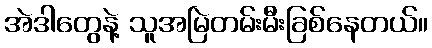
အဲဒါတွေနဲ့ သူအမြဲတမ်းမီးခြစ်နေတယ်။